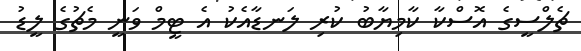
ޗެލްސީގެ އޮސްކާ ކާމިޔާބު ކުރި ލަނޑާއެކު އެ ޓީމް ވަނީ މެޗުގެ ލީޑު